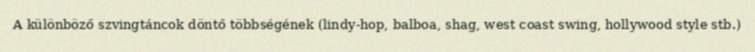
A különböző szvingtáncok döntő többségének (lindy-hop, balboa, shag, west coast swing, hollywood style stb.)